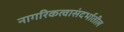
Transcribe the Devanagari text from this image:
नागरिकत्वासंदर्भातील